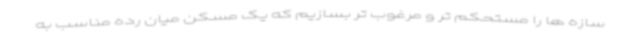
سازه ها را مستحکم تر و مرغوب تر بسازیم که یک مسکن میان رده مناسب به